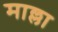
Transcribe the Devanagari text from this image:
माल्ला